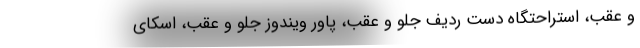
و عقب، استراحتگاه دست ردیف جلو و عقب، پاور ویندوز جلو و عقب، اسکای